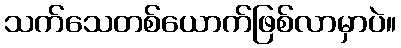
သက်သေတစ်ယောက်ဖြစ်လာမှာပဲ။